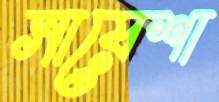
সায়েশা